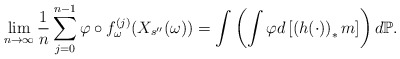
\begin{align*}\lim _{n\to \infty} \frac{1}{n} \sum ^{n-1} _{j=0} \varphi \circ f_{\omega} ^{(j)} (X_{s^{\prime \prime}}(\omega)) = \int \left(\int \varphi d\left[ \left( h(\cdot) \right) _* m\right] \right)d\mathbb P.\end{align*}